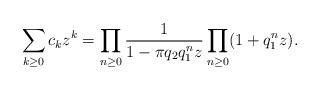
LaTeX: \begin{align*} \sum_{k \ge 0} c_k z^k = \prod_{n \ge 0} \frac{1}{1 - \pi q_2 q_1^nz} \prod_{n \ge 0} (1+q_1^nz). \end{align*}